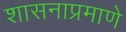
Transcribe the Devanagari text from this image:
शासनाप्रमाणे